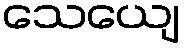
သေယျေ